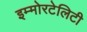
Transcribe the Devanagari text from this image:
इम्मोरटेलिटी